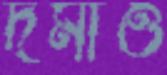
দমাও